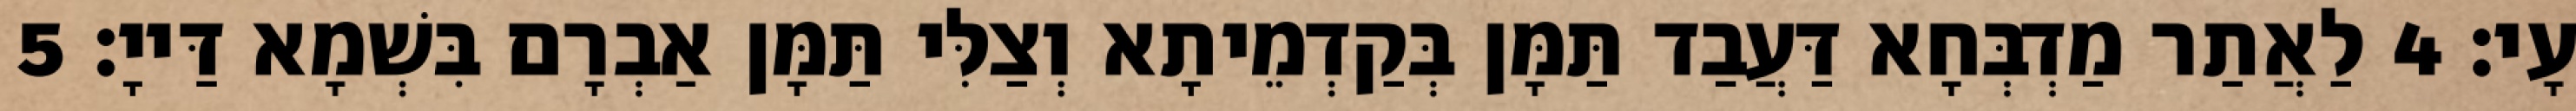
עָי׃ 4 לַאֲתַר מַדְבְּחָא דַּעֲבַד תַּמָּן בְּקַדְמֵיתָא וְצַלִּי תַּמָּן אַבְרָם בִּשְׁמָא דַּייָ׃ 5